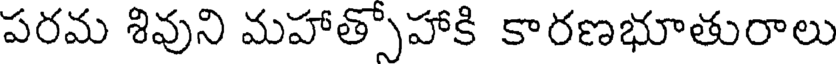
పరమ శివుని మహాత్సోహాకి కారణభూతురాలు